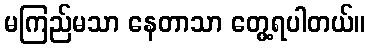
မကြည်မသာ နေတာသာ တွေ့ရပါတယ်။